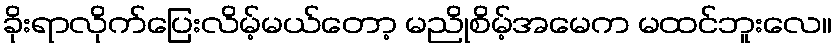
ခိုးရာလိုက်ပြေးလိမ့်မယ်တော့ မညိုစိမ့်အမေက မထင်ဘူးလေ။